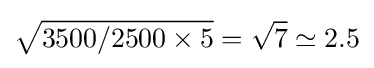
{\sqrt {3500/2500\times 5}}={\sqrt {7}}\simeq 2.5